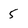
Character: 5